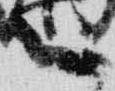
言